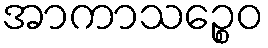
အာကာသဉ္စေဝ